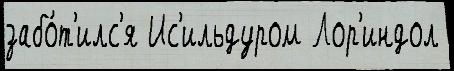
забо́т'илс'я Ис'ильдуром Лор'индол